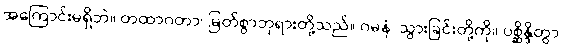
အကြောင်းမရှိဘဲ။ တထာဂတာ၊ မြတ်စွာဘုရားတို့သည်။ ဂမနံ၊ သွားခြင်းတို့ကို။ ပစ္ဆိန္ဒိတွာ၊